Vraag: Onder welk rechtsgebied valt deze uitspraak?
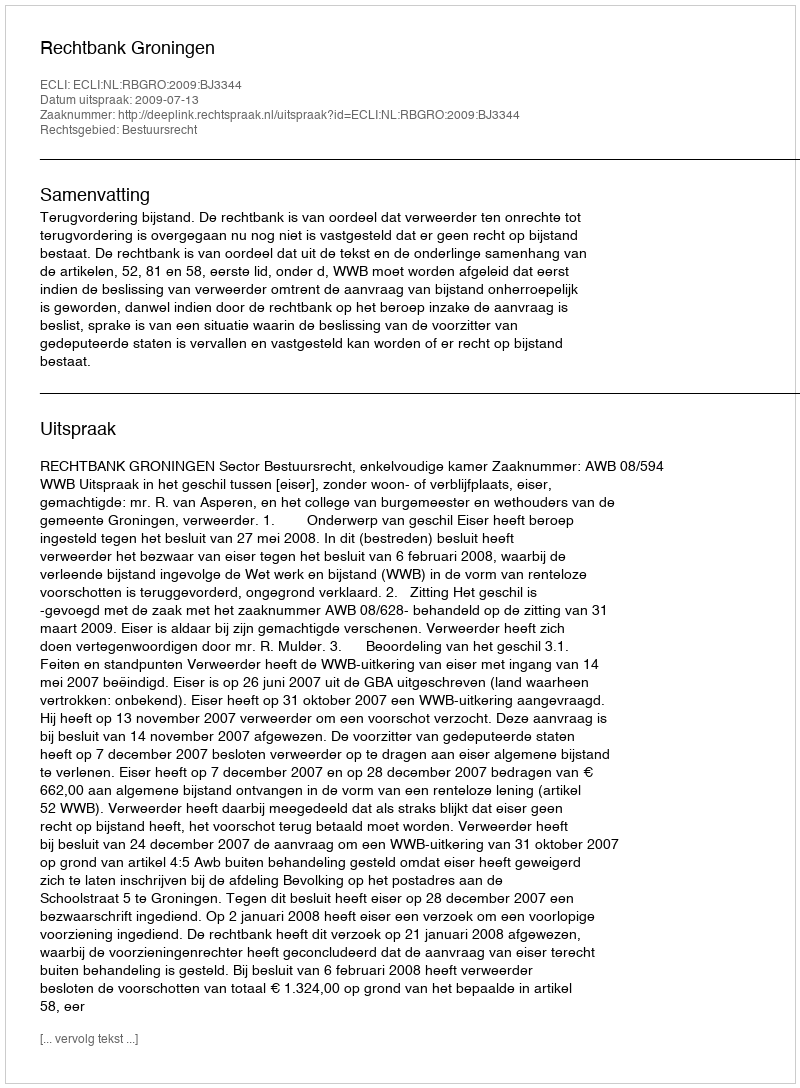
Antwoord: Bestuursrecht